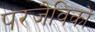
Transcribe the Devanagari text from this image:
परजैविकों